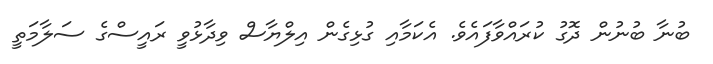
ބުނާ ބުނުން ދޮގު ކުރައްވާފައެވެ. އެކަމާއި ގުޅިގެން އިލްޔާސް ވިދާޅުވީ ރައީސްގެ ސަލާމަތީ